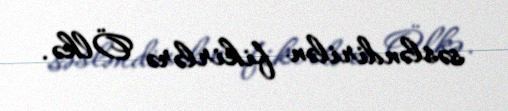
səsləndirilən fikirlərə Ölkə.